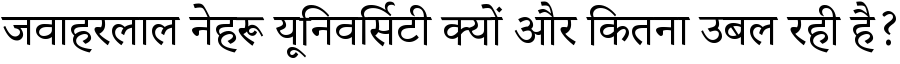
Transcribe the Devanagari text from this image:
जवाहरलाल नेहरू यूनिवर्सिटी क्यों और कितना उबल रही है?